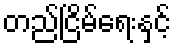
တည်ငြိမ်ရေးနှင့်